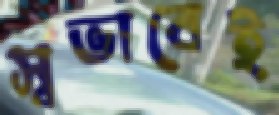
স্বভাবেই